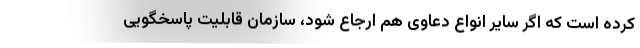
کرده است که اگر سایر انواع دعاوی هم ارجاع شود، سازمان قابلیت پاسخگویی